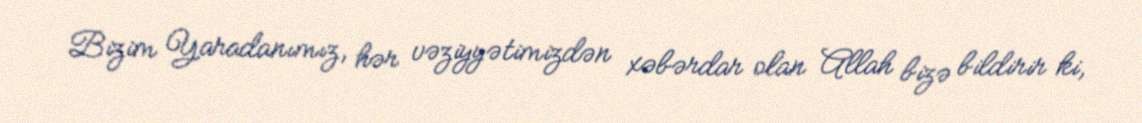
Bizim Yaradanımız, hər vəziyyətimizdən xəbərdar olan Allah bizə bildirir ki,